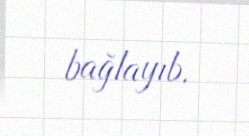
bağlayıb.